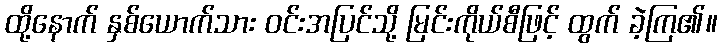
ထို့နောက် နှစ်ယောက်သား ဝင်းအပြင်သို့ မြင်းကိုယ်စီဖြင့် ထွက် ခဲ့ကြ၏။